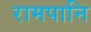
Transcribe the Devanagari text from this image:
रामपानि